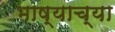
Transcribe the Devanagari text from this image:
भाष्याच्या